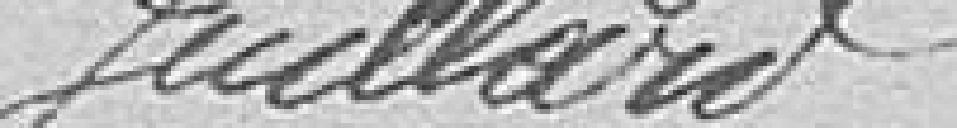
Le secrétaire général : JUILLARD